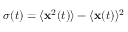
\sigma ( t ) = \langle \mathbf { x } ^ { 2 } ( t ) \rangle - \langle \mathbf { x } ( t ) \rangle ^ { 2 }